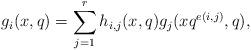
LaTeX: \begin{align*}g_i(x,q)=\sum_{j=1}^rh_{i,j}(x,q)g_j(xq^{e(i,j)},q),\end{align*}